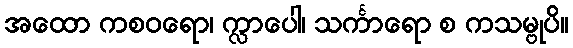
အထော ကစဝရော၊ က္လာပေါ၊ သင်္ကာရော စ ကသမ္ဗုပိ။